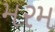
મરમ